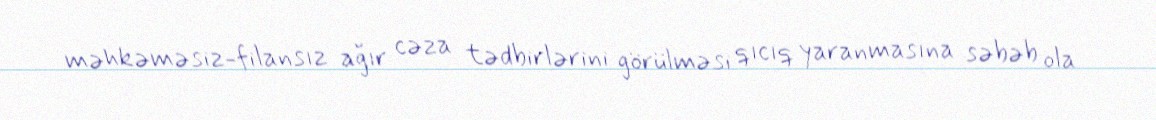
məhkəməsiz-filansız ağır cəza tədbirlərini görülməsi qıcıq yaranmasına səbəb ola